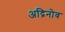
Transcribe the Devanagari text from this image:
अद्रिनोव